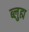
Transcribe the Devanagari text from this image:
ब्लुह्म